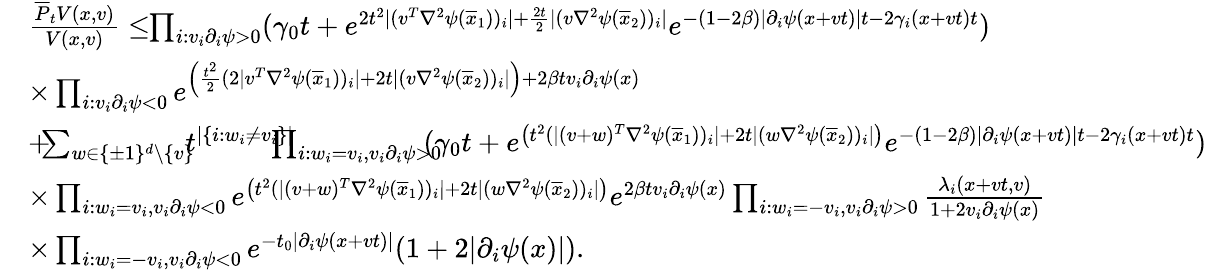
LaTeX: \begin{array}{rl}&{\frac{\overline{{P}}_{t}V(x,v)}{V(x,v)}\leq\! \! \prod_{i:v_{i}\partial_{i}\psi>0}(\gamma_{0}t+e^{2t^{2}\lvert(v^{T}\nabla^{2}\psi(\overline{{x}}_{1}))_{i}\rvert+\frac{2t}{2}\lvert(v\nabla^{2}\psi(\overline{{x}}_{2}))_{i}\rvert}e^{-(1-2\beta)\lvert\partial_{i}\psi(x+vt)\rvert t-2\gamma_{i}(x+vt)t})}\\ &{\times\prod_{i:v_{i}\partial_{i}\psi<0}e^{\left(\frac{t^{2}}{2}(2\lvert v^{T}\nabla^{2}\psi(\overline{{x}}_{1}))_{i}\rvert+2t\lvert(v\nabla^{2}\psi(\overline{{x}}_{2}))_{i}\rvert\right)+2\beta tv_{i}\partial_{i}\psi(x)}}\\ &{+\! \! \! \sum_{w\in\{ \pm 1\} ^{d}\setminus\{ v\} }\! \! \! t^{|\{ i:w_{i}\neq v_{i}\} |}\! \! \! \! \! \! \prod_{i:w_{i}=v_{i},v_{i}\partial_{i}\psi>0}\! \! \! \! (\gamma_{0}t+e^{\left(t^{2}(\lvert(v+w)^{T}\nabla^{2}\psi(\overline{{x}}_{1}))_{i}\rvert+2t\lvert(w\nabla^{2}\psi(\overline{{x}}_{2}))_{i}\rvert\right)}e^{-(1-2\beta)\lvert\partial_{i}\psi(x+vt)\rvert t-2\gamma_{i}(x+vt)t})}\\ &{\times\prod_{i:w_{i}=v_{i},v_{i}\partial_{i}\psi<0}e^{\left(t^{2}(\lvert(v+w)^{T}\nabla^{2}\psi(\overline{{x}}_{1}))_{i}\rvert+2t\lvert(w\nabla^{2}\psi(\overline{{x}}_{2}))_{i}\rvert\right)}e^{2\beta tv_{i}\partial_{i}\psi(x)}\prod_{i:w_{i}=-v_{i},v_{i}\partial_{i}\psi>0}\frac{\lambda_{i}(x+vt,v)}{1+2v_{i}\partial_{i}\psi(x)}}\\ &{\times\prod_{i:w_{i}=-v_{i},v_{i}\partial_{i}\psi<0}e^{-t_{0}\lvert\partial_{i}\psi(x+vt)\rvert}(1+2\lvert\partial_{i}\psi(x)\rvert).}\end{array}